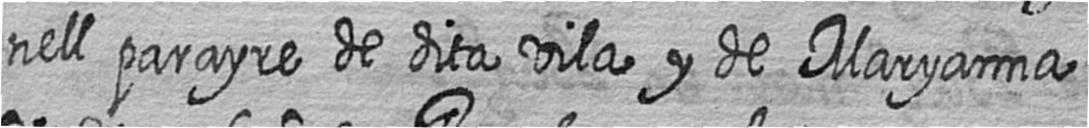
nell parayre de dita vila y de Maryanna